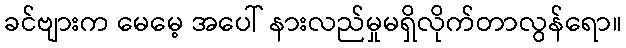
ခင်ဗျားက မေမေ့ အပေါ် နားလည်မှုမရှိလိုက်တာလွန်ရော။